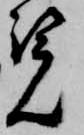
覧